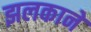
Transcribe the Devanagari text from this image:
झलकाने